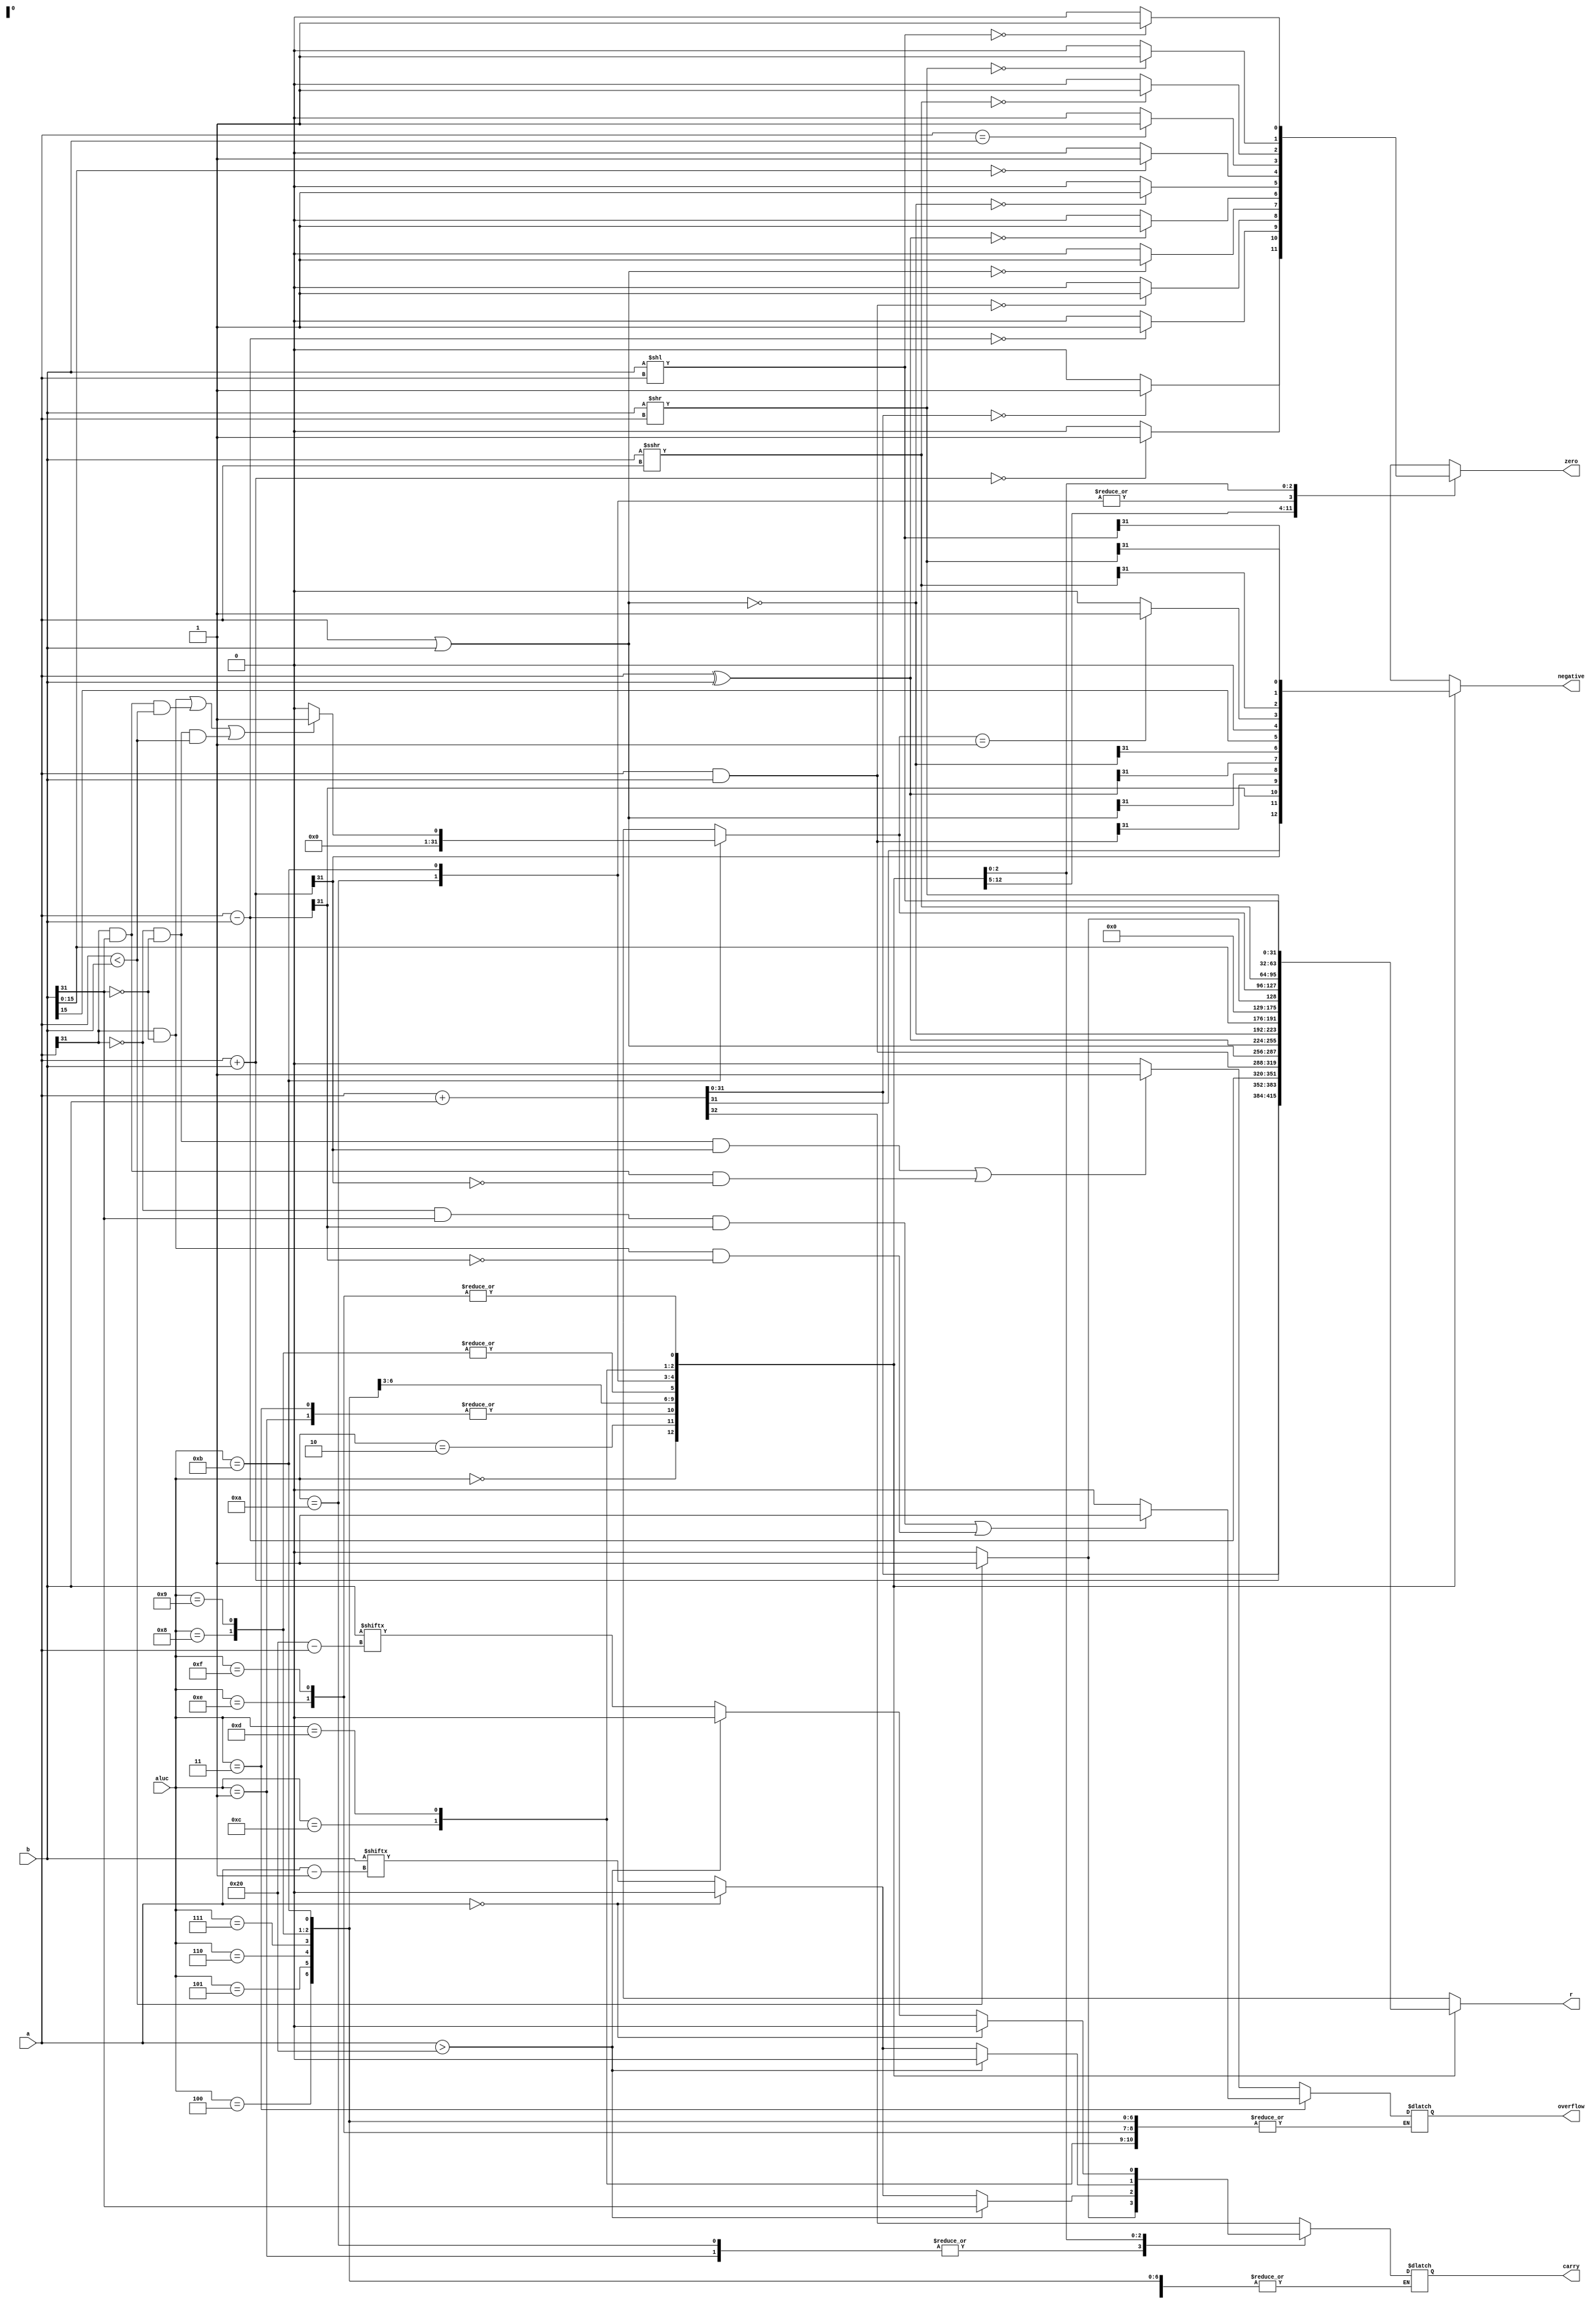
`timescale 1ns / 1ps
module alu(
    input [31:0] a,
    input [31:0] b,
    input [3:0] aluc,
    output reg [31:0] r,
    output reg zero,
    output reg carry,
    output reg negative,
    output reg overflow
    );
reg [32:0] temp;
always@(*)
begin
    case(aluc)
        4'b0000: 
            begin
                temp = {1'b0, a} + {1'b0, b};
                r = temp[31:0];
                zero = (r == 0) ? 1 : 0;
                carry = temp[32];
                negative = r[31];
            end
        4'b0001: 
            begin
                carry = (a < b) ? 1 : 0;
                r = a - b;
                zero = (r == 0) ? 1 : 0;
                negative = r[31];
            end
        4'b0010: 
            begin
                r = a + b;
                zero = (r == 0) ? 1 : 0;
                negative = r[31];
                if((a[31] == 0 && b[31] == 0 && r[31] == 1) || (a[31] == 1 && b[31] == 1 && r[31] == 0))
                    overflow = 1;
                else
                    overflow = 0;
            end
        4'b0011: 
            begin
                r = a - b;
                zero = (r == 0) ? 1 : 0;
                negative = r[31];
                if((a[31] == 0 && b[31] == 1 && r[31] == 1) || (a[31] == 1 && b[31] == 0 && r[31] == 0))
                    overflow = 1;
                else
                    overflow = 0;
            end
        4'b0100: 
            begin
                r = a & b;
                zero = (r == 0) ? 1 : 0;
                negative = r[31];
            end
        4'b0101: 
            begin
                r = a | b;
                zero = (r == 0) ? 1 : 0;
                negative = r[31];
            end
        4'b0110: 
            begin
                r = a ^ b;
                zero = (r == 0) ? 1 : 0; 
                negative = r[31];
            end
        4'b0111: 
            begin
                r = ~(a | b);
                zero = (r == 0) ? 1 : 0;
                negative = r[31];
            end
        4'b1000: 
            begin
                r = {b[15:0], 16'b0};
                zero = (r == 0) ? 1 : 0;
                negative = r[31];
            end
        4'b1001: 
            begin
                r = {b[15:0], 16'b0};
                zero = (r == 0) ? 1 : 0;
                negative = r[31];
            end
        4'b1010: 
            begin
                r = (a < b) ? 1 : 0;
                zero = (a == b) ? 1 : 0;
                negative = r[31];
                carry = (a < b) ? 1 : 0;
            end
        4'b1011: 
            begin
                if((a[31] == 1 && b[31] == 0) || (a[31] == 1 && b[31] == 1 && a < b) || (a[31] == 0 && b[31] == 0 && a < b))
                    r = 1;
                else
                    r = 0;
                zero = (a == b) ? 1 : 0;
                negative = (r == 1) ? 1 : 0;
            end
        4'b1100: 
            begin
                r = ($signed(b)) >>> a;
                if(a > 32)
                    carry = b[31];
                else if(a == 0)
                    carry = 0;
                else
                    carry = b[a - 1];
                zero = (r == 0) ? 1 : 0;
                negative = r[31];
            end
        4'b1101: 
            begin
                r = b >> a;
                if(a > 32)
                    carry = 0;
                else if(a == 0)
                    carry = 0;
                else
                    carry = b[a - 1];
                zero = (r == 0) ? 1 : 0;
                negative = r[31];
            end
        4'b1110: 
            begin
                r = b << a;
                zero = (r == 0) ? 1 : 0;
                negative = r[31];
                if(a == 0)
                    carry = 0;
                else if(a > 32)
                    carry = 0;
                else
                    carry = b[32 - a];
            end
        4'b1111:
            begin
                r = b << a;
                zero = (r == 0) ? 1 : 0;
                negative = r[31];
                if(a == 0)
                    carry = 0;
                else if(a > 32)
                    carry = 0;
                else
                    carry = b[32 - a];
            end 
    endcase
end
endmodule